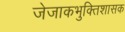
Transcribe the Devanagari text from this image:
जेजाकभुक्तिशासक